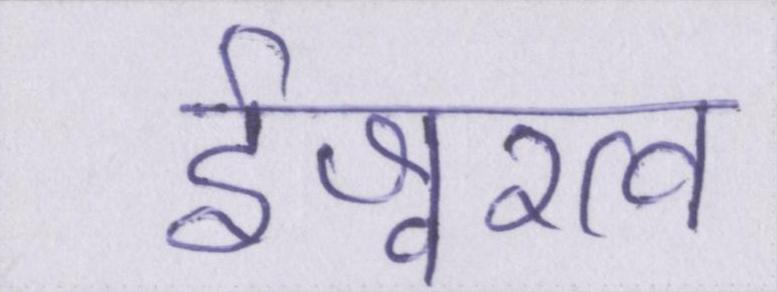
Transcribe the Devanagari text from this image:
ईश्वरत्व